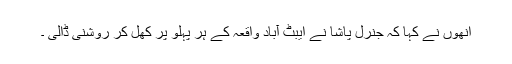
اُنھوں نے کہا کہ جنرل پاشا نے ایبٹ آباد واقعہ کے ہر پہلو پر کھل کر روشنی ڈالی ۔